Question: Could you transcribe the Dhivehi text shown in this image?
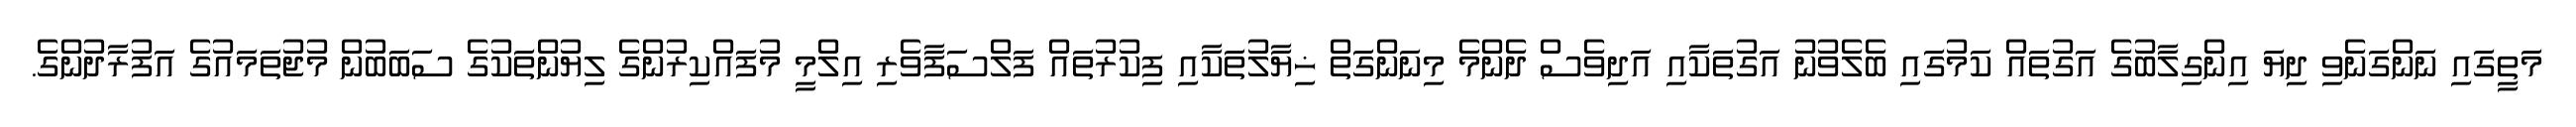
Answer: މަތީގައި ނަންގަނެވި ދިޔަ އިންގިލާބުގެ އަގުތައް ކަމުގައި ބެލެވުނު އަގުތަކާއި އަދިވެސް ދެންމެ މިނަންގަތް ޚިޔާލުތަކާއި ފިކުރުތައް ފަލްސަފާވެރި އިލްމީ މުފައްކިރުންގެ ލިޔުންތަކުގެ ސަބަބުން މުޖުތަމައުގެ އަފުރާދުންގެ.